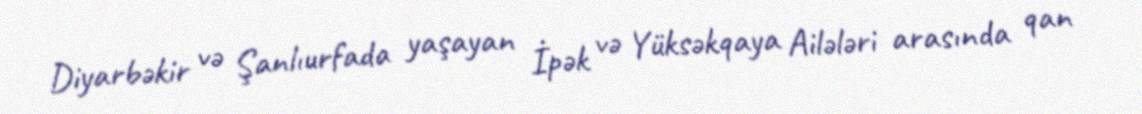
Diyarbəkir və Şanlıurfada yaşayan İpək və Yüksəkqaya Ailələri arasında qan